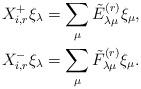
LaTeX: \begin{align*}X_{i,r}^{+} \xi_{\lambda} &= \sum_{\mu} \tilde{E}_{\lambda \mu}^{(r)} \xi_{\mu}, \\X_{i,r}^{-} \xi_{\lambda} &= \sum_{\mu} \tilde{F}_{\lambda \mu}^{(r)} \xi_{\mu}.\end{align*}